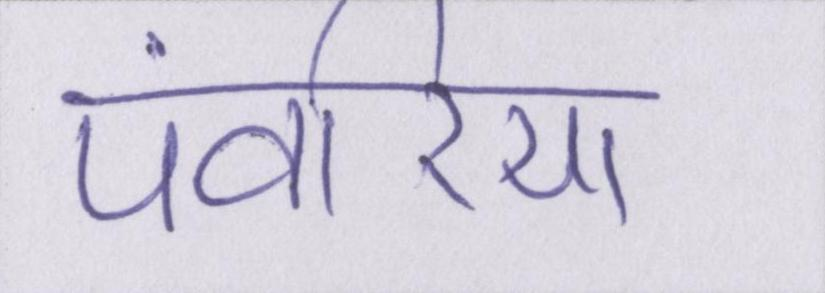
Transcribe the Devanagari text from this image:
पंवरिया